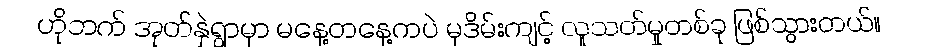
ဟိုဘက် အုတ်နှဲရွာမှာ မနေ့တနေ့ကပဲ မုဒိမ်းကျင့် လူသတ်မှုတစ်ခု ဖြစ်သွားတယ်။